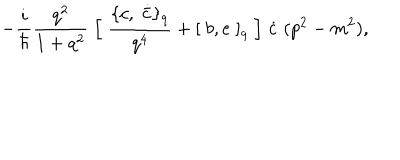
- \frac { i } { \hbar } \frac { q ^ { 2 } } { 1 + q ^ { 2 } } \; \Bigl [ \; \frac { \{ c , \; \dot { \bar { c } } \} _ { q } } { q ^ { 4 } } + [ \; b , e \; ] _ { q } \; \Bigr ] \; \dot { c } \; ( p ^ { 2 } - m ^ { 2 } ) ,